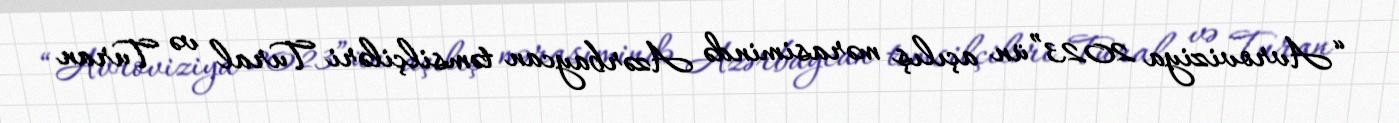
“Avroviziya 2023”ün açılış mərasimində Azərbaycan təmsilçiləri Tural və Turan